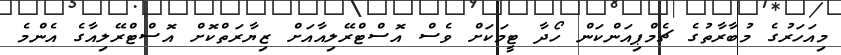
މިއަހަރުގެ މުބާރާތުގެ ޗެމްޕިއަންކަން ހޯދާ ޓީމަކަށް ވެސް އޮސްޓްރޭލިއާއަށް ޒިޔާރަތްކޮށް އޮސްޓްރޭލިއާގެ އެންމެ